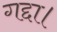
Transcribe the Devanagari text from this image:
गद्दा।